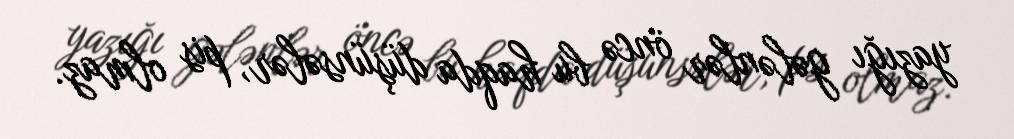
yazığı gələnlər öncə bu haqda düşünsələr, pis olmaz.